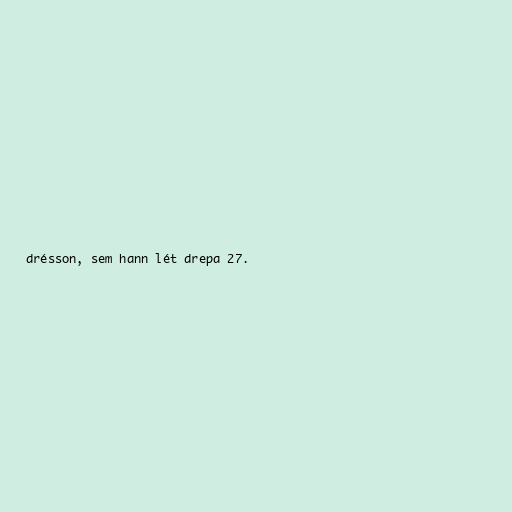
drésson, sem hann lét drepa 27.